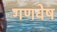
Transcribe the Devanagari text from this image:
गणवेष